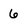
Character: 6